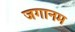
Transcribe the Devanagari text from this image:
जगानम